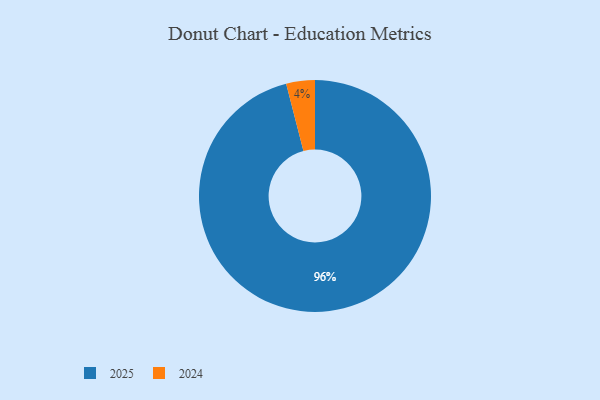
{"axis": {"x": "Category", "y": "Percentage"}, "legend": ["2024", "2025"], "data": [{"x": "2025", "y": 96, "type": "2025"}, {"x": "2024", "y": 4, "type": "2024"}]}